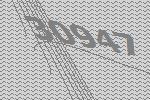
30947